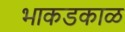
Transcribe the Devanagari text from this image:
भाकडकाळ